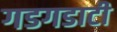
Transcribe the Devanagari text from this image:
गडगडाटी